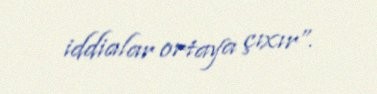
iddialar ortaya çıxır”.